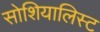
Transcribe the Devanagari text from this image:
सोशियालिस्ट